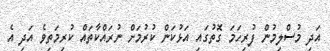
އަދި މުސްލިމުން ފުރިހަމަ ގޮތުގައި އަޅުކަން ކުރުމަށް ނުރައްކާތައް ކުރިމަތިވެ އަދި އެ